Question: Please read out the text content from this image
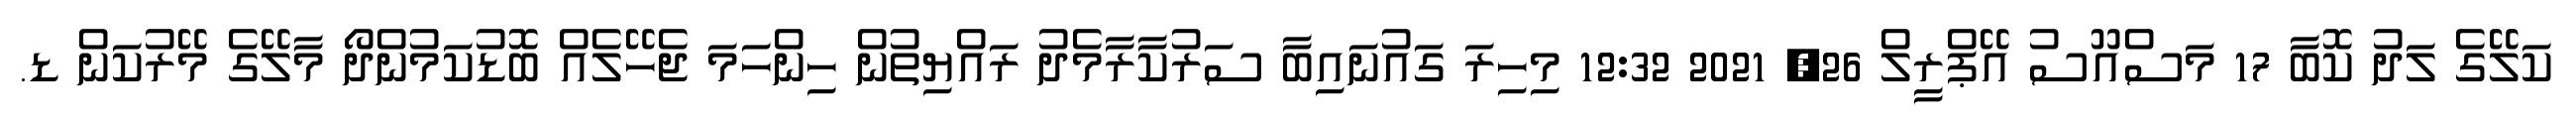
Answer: ކަލޭގެ ލަދު ކޮބާ 17 މަސްއޫސު އޭޕްރީލް 26, 2021 12:32 މިހިރަ ގައުނައިބާ ސަރުކާރާމެދު ރައްޔިތުން ހިންހަމަ ޖެހޭލެއް ބޮޑުކަމުންދޯ މާލޭގެ މޭރުކަން ޑ.